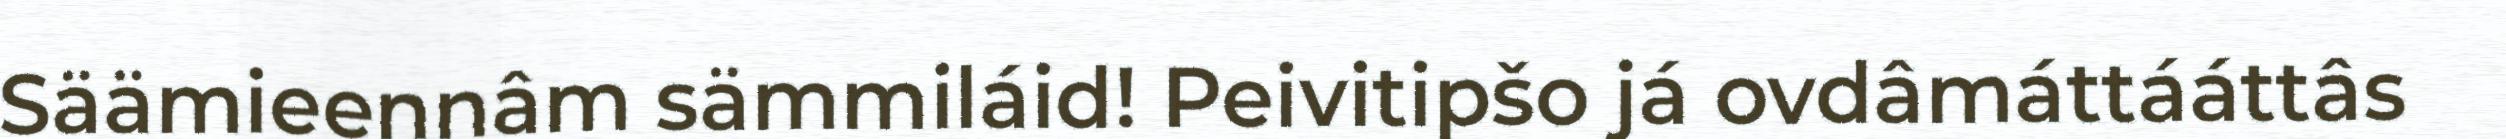
Säämieennâm sämmiláid! Peivitipšo já ovdâmáttááttâs